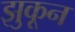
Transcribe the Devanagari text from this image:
झुकून